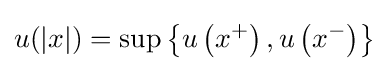
u(|x|)=\sup \left\{u\left(x^{+}\right),u\left(x^{-}\right)\right\}